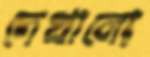
দেখালো